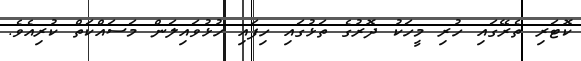
ކޮޓަރި ތެރޭގައި ހުރި މީހަކު ދޮރުގެ ތަޅުގައި ހިފައި ހުޅުވައިލަން މަސައްކަތް ކުރިއެވެ.